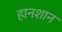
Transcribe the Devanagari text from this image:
हानशान